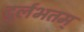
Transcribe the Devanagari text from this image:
दुर्लभतम्